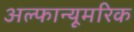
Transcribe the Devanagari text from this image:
अल्फान्यूमरिक